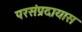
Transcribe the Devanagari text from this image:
परसंप्रदायास